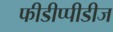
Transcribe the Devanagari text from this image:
फीडीप्पीडीज